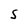
Character: S